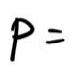
\(P =\)